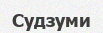
Судзуми